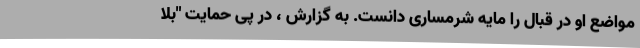
مواضع او در قبال را مایه شرمساری دانست. به گزارش ، در پی حمایت "بلا